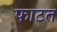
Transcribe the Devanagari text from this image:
फाटत